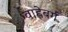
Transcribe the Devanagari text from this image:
वाह्लेबर्ग